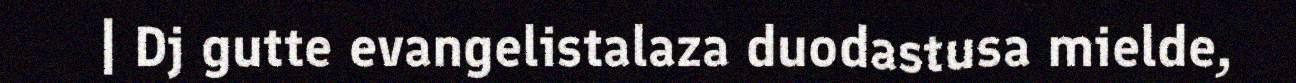
| Dj gutte evangelistalaza duodastusa mielde,